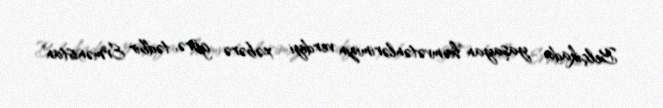
Belçikada yaşayan həmvətənlərimizin verdiyi xəbərə görə, tədbir Ermənistan